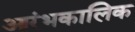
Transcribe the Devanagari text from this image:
आरंभकालिक